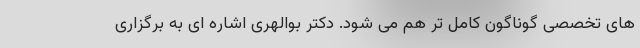
های تخصصی گوناگون کامل تر هم می شود. دکتر بوالهری اشاره ای به برگزاری